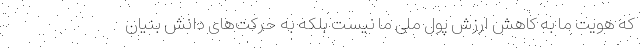
که هویت ما به کاهش ارزش پول ملی ما نیست بلکه به حرکت‌های دانش بنیان